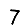
Digit: 7